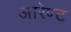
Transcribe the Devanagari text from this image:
आरेण्ट